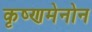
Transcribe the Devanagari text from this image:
कृष्णमेनोन